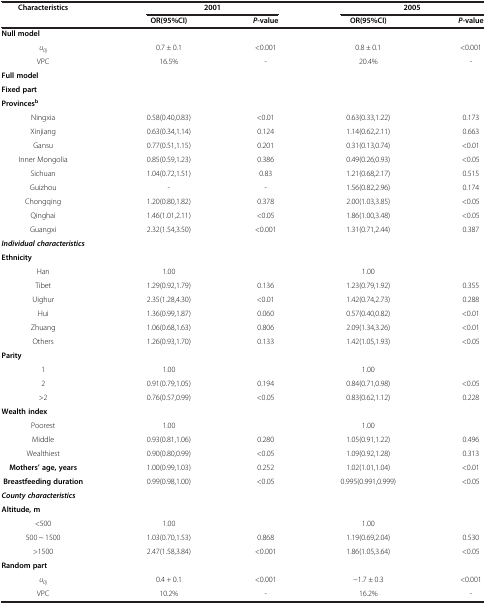
<table><thead><tr><td><b>Characteristics</b></td><td colspan="2"><b>2001</b></td><td colspan="2"><b>2005</b></td></tr><tr><td><b> </b></td><td><b>OR(95%CI)</b></td><td><b><i>P</i>-value</b></td><td><b>OR(95%CI)</b></td><td><b><i>P</i>-value</b></td></tr></thead><tbody><tr><td><b>Null model</b></td><td colspan="4"> </td></tr><tr><td><i>u</i><sub><i>0j</i></sub></td><td>0.7 ± 0.1</td><td>&lt;0.001</td><td>0.8 ± 0.1</td><td>&lt;0.001</td></tr><tr><td>VPC</td><td>16.5%</td><td>-</td><td>20.4%</td><td>-</td></tr><tr><td><b>Full model</b></td><td colspan="4"> </td></tr><tr><td><b>Fixed part</b></td><td colspan="4"> </td></tr><tr><td><b>Provinces</b><sup><b>b</b></sup></td><td colspan="4"> </td></tr><tr><td>Ningxia</td><td>0.58(0.40,0.83)</td><td>&lt;0.01</td><td>0.63(0.33,1.22)</td><td>0.173</td></tr><tr><td>Xinjiang</td><td>0.63(0.34,1.14)</td><td>0.124</td><td>1.14(0.62,2.11)</td><td>0.663</td></tr><tr><td>Gansu</td><td>0.77(0.51,1.15)</td><td>0.201</td><td>0.31(0.13,0.74)</td><td>&lt;0.01</td></tr><tr><td>Inner Mongolia</td><td>0.85(0.59,1.23)</td><td>0.386</td><td>0.49(0.26,0.93)</td><td>&lt;0.05</td></tr><tr><td>Sichuan</td><td>1.04(0.72,1.51)</td><td>0.83</td><td>1.21(0.68,2.17)</td><td>0.515</td></tr><tr><td>Guizhou</td><td>-</td><td>-</td><td>1.56(0.82,2.96)</td><td>0.174</td></tr><tr><td>Chongqing</td><td>1.20(0.80,1.82)</td><td>0.378</td><td>2.00(1.03,3.85)</td><td>&lt;0.05</td></tr><tr><td>Qinghai</td><td>1.46(1.01,2.11)</td><td>&lt;0.05</td><td>1.86(1.00,3.48)</td><td>&lt;0.05</td></tr><tr><td>Guangxi</td><td>2.32(1.54,3.50)</td><td>&lt;0.001</td><td>1.31(0.71,2.44)</td><td>0.387</td></tr><tr><td><b><i>Individual characteristics</i></b></td><td colspan="4"> </td></tr><tr><td><b>Ethnicity</b></td><td colspan="4"> </td></tr><tr><td>Han</td><td>1.00</td><td> </td><td>1.00</td><td> </td></tr><tr><td>Tibet</td><td>1.29(0.92,1.79)</td><td>0.136</td><td>1.23(0.79,1.92)</td><td>0.355</td></tr><tr><td>Uighur</td><td>2.35(1.28,4.30)</td><td>&lt;0.01</td><td>1.42(0.74,2.73)</td><td>0.288</td></tr><tr><td>Hui</td><td>1.36(0.99,1.87)</td><td>0.060</td><td>0.57(0.40,0.82)</td><td>&lt;0.01</td></tr><tr><td>Zhuang</td><td>1.06(0.68,1.63)</td><td>0.806</td><td>2.09(1.34,3.26)</td><td>&lt;0.01</td></tr><tr><td>Others</td><td>1.26(0.93,1.70)</td><td>0.133</td><td>1.42(1.05,1.93)</td><td>&lt;0.05</td></tr><tr><td><b>Parity</b></td><td colspan="4"> </td></tr><tr><td>1</td><td>1.00</td><td> </td><td>1.00</td><td> </td></tr><tr><td>2</td><td>0.91(0.79,1.05)</td><td>0.194</td><td>0.84(0.71,0.98)</td><td>&lt;0.05</td></tr><tr><td>&gt;2</td><td>0.76(0.57,0.99)</td><td>&lt;0.05</td><td>0.83(0.62,1.12)</td><td>0.228</td></tr><tr><td><b>Wealth index</b></td><td colspan="4"> </td></tr><tr><td>Poorest</td><td>1.00</td><td> </td><td>1.00</td><td> </td></tr><tr><td>Middle</td><td>0.93(0.81,1.06)</td><td>0.280</td><td>1.05(0.91,1.22)</td><td>0.496</td></tr><tr><td>Wealthiest</td><td>0.90(0.80,0.99)</td><td>&lt;0.05</td><td>1.09(0.92,1.28)</td><td>0.313</td></tr><tr><td><b>Mothers’ age, years</b></td><td>1.00(0.99,1.03)</td><td>0.252</td><td>1.02(1.01,1.04)</td><td>&lt;0.01</td></tr><tr><td><b>Breastfeeding duration</b></td><td>0.99(0.98,1.00)</td><td>&lt;0.05</td><td>0.995(0.991,0.999)</td><td>&lt;0.05</td></tr><tr><td><b><i>County characteristics</i></b></td><td colspan="4"> </td></tr><tr><td><b>Altitude, m</b></td><td colspan="4"> </td></tr><tr><td>&lt;500</td><td>1.00</td><td> </td><td>1.00</td><td> </td></tr><tr><td>500 ~ 1500</td><td>1.03(0.70,1.53)</td><td>0.868</td><td>1.19(0.69,2.04)</td><td>0.530</td></tr><tr><td>&gt;1500</td><td>2.47(1.58,3.84)</td><td>&lt;0.001</td><td>1.86(1.05,3.64)</td><td>&lt;0.05</td></tr><tr><td><b>Random part</b></td><td colspan="4"> </td></tr><tr><td><i>u</i><sub><i>0j</i></sub></td><td>0.4 + 0.1</td><td>&lt;0.001</td><td>−1.7 ± 0.3</td><td>&lt;0.001</td></tr><tr><td>VPC</td><td>10.2%</td><td>-</td><td>16.2%</td><td>-</td></tr></tbody></table>